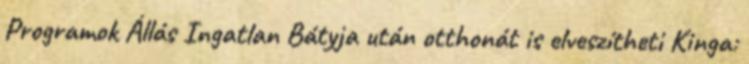
Programok Állás Ingatlan Bátyja után otthonát is elveszítheti Kinga: